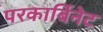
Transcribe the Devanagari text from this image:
परकार्बिनेट